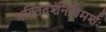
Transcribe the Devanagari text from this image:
भक्तिदर्शनविमर्शः